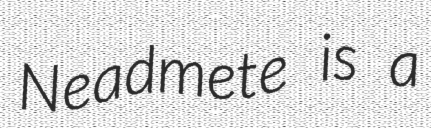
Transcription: Neadmete is a